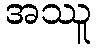
အဿူ